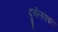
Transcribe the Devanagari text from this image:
दुर्बलकाय